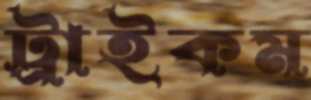
ট্রাইকম